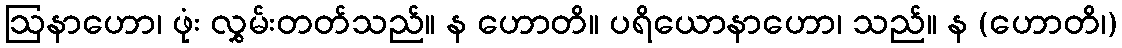
ဩနာဟော၊ ဖုံး လွှမ်းတတ်သည်။ န ဟောတိ။ ပရိယောနာဟော၊ သည်။ န (ဟောတိ၊)